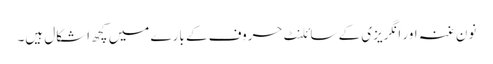
نون غنہ اور انگریزی کے سائلنٹ حروف کے بارے میں کچھ اشکال ہیں۔